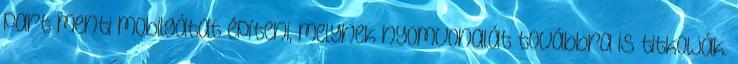
part menti mobilgátat építeni, melynek nyomvonalát továbbra is titkolják.